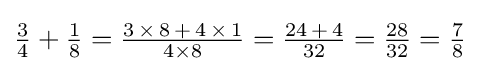
{\textstyle {\frac {3}{4}}+{\frac {1}{8}}={\frac {3\,\times \,8\,+\,4\,\times \,1}{4\times 8}}={\frac {24\,+\,4}{32}}={\frac {28}{32}}={\frac {7}{8}}}